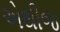
એથીજ